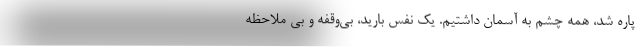
پاره شد، همه چشم به آسمان داشتیم. یک نفس بارید، بی‌وقفه و بی ملاحظه